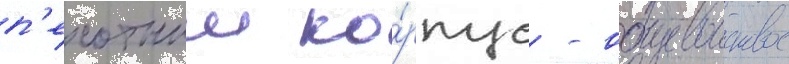
п'ехотныи ко́рпус - общевоисковое